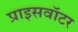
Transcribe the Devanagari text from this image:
प्राइसवॉटर